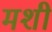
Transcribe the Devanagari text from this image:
मशी